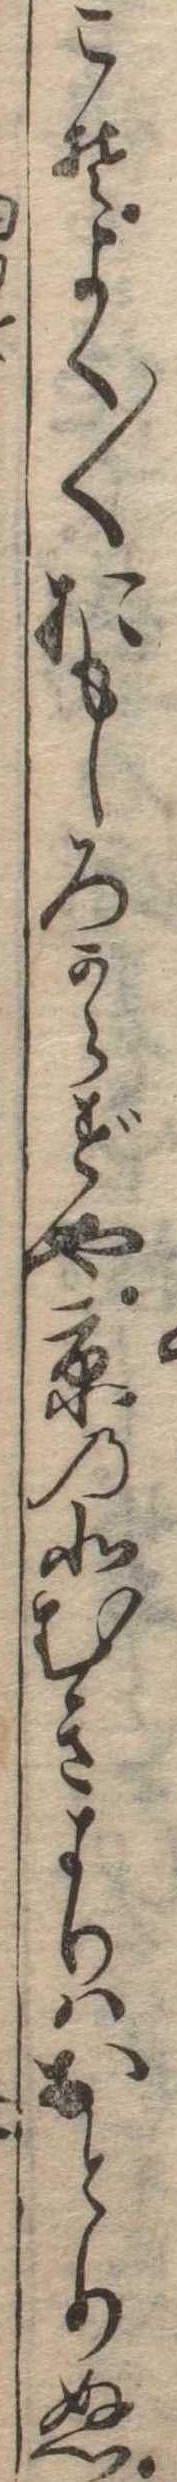
こそよく〱おもしろからずや京の北むきよりはおとりぬ